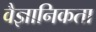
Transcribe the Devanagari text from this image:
वैज्ञानिकता